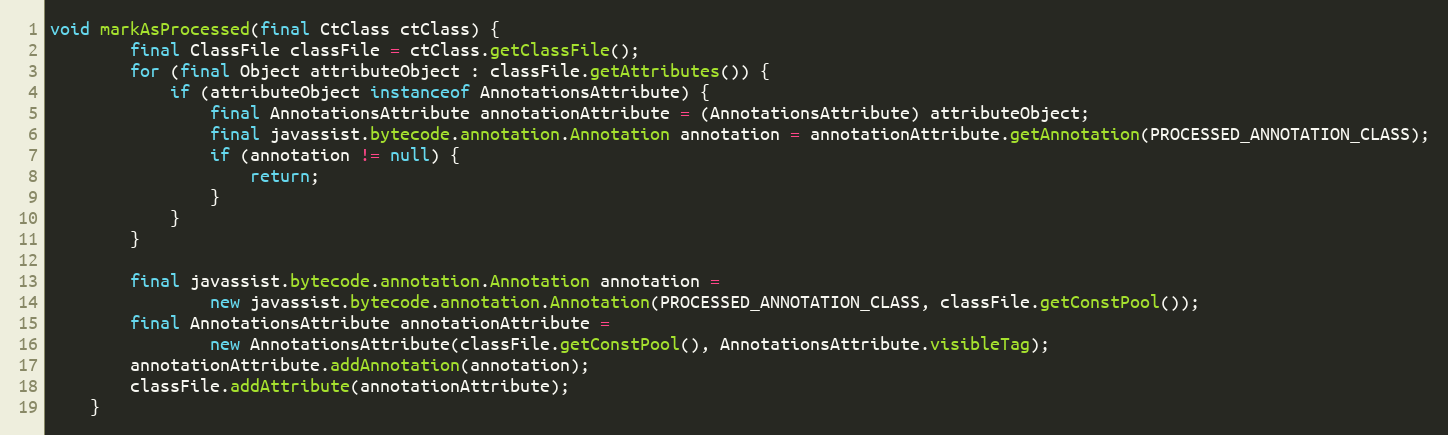
Language: Java
void markAsProcessed(final CtClass ctClass) {
        final ClassFile classFile = ctClass.getClassFile();
        for (final Object attributeObject : classFile.getAttributes()) {
            if (attributeObject instanceof AnnotationsAttribute) {
                final AnnotationsAttribute annotationAttribute = (AnnotationsAttribute) attributeObject;
                final javassist.bytecode.annotation.Annotation annotation = annotationAttribute.getAnnotation(PROCESSED_ANNOTATION_CLASS);
                if (annotation != null) {
                    return;
                }
            }
        }

        final javassist.bytecode.annotation.Annotation annotation =
                new javassist.bytecode.annotation.Annotation(PROCESSED_ANNOTATION_CLASS, classFile.getConstPool());
        final AnnotationsAttribute annotationAttribute =
                new AnnotationsAttribute(classFile.getConstPool(), AnnotationsAttribute.visibleTag);
        annotationAttribute.addAnnotation(annotation);
        classFile.addAttribute(annotationAttribute);
    }